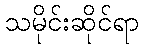
သမိုင်းဆိုင်ရာ